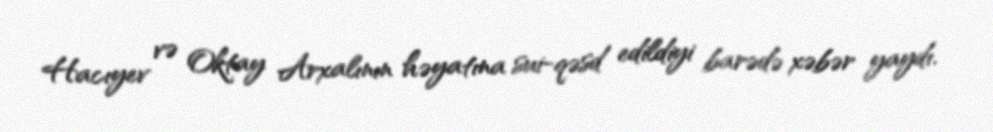
Hacıyev və Oktay Arxalının həyatına sui-qəsd edildiyi barədə xəbər yaydı.